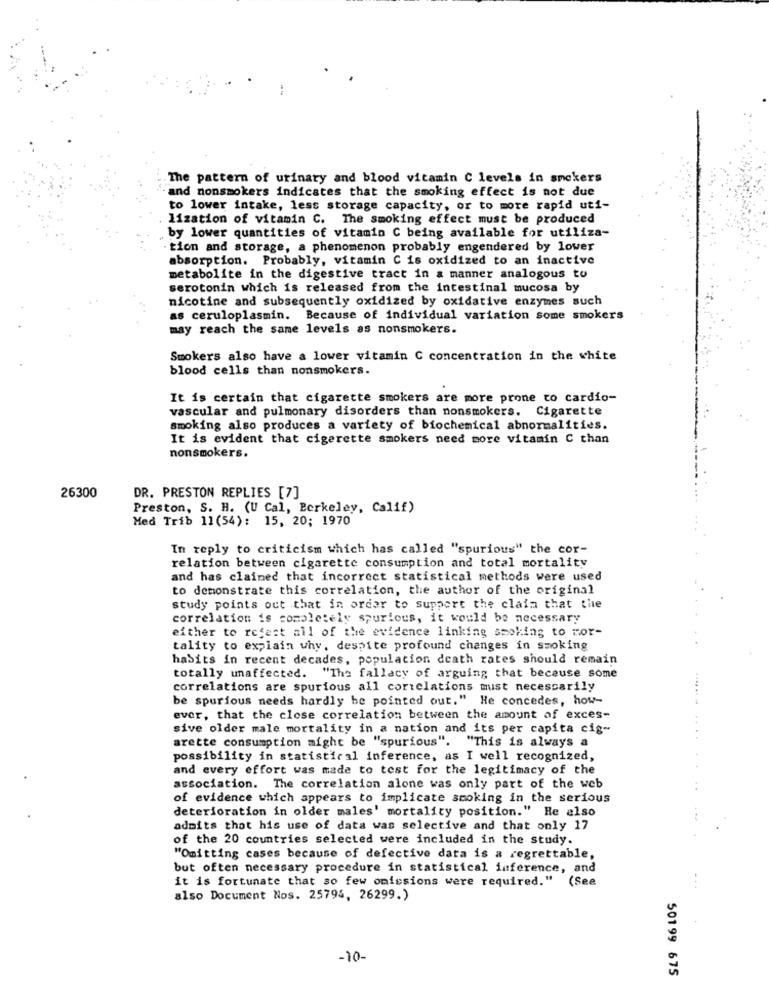
The pattern of urinary and blood vitamin C levels in smokers
"and nonsmokers indicates that the smoking effect is not due
to lower intake, less storage capacity, or to more rapid uti-
lization of vitamin C. The smoking effect must be produced
by lower quantities of vitamin C being available for utiliza-
tion and storage, a phenomenon probably engendered by lower
absorption. Probably, vitamin C is oxidized to an inactive
metabolite in the digestive tract in a manner analogous to
serotonin which is released from the intestinal mucosa by
nicotine and subsequently oxidized by oxidative enzymes such
as ceruloplasmin. Because of individual variation some smokers
may reach the same levels as nonsmokers.
Smokers also have a lower vitamin C concentration in the white
blood cells than nonsmokers.
It is certain that cigarette smokers are more prone to cardio-
vascular and pulmonary disorders than nonsmokers. Cigarette
smoking also produces a variety of biochemical abnormalities.
It is evident that cigarette smokers need more vitamin C than
nonsmokers.
26300
DR. PRESTON REPLIES [7]
Preston, S. H. (U Cal, Berkeley, Calif)
Med Trib 11(54): 15, 20; 1970
In reply to criticism which has called "spurious" the cor-
relation between cigarette consumption and total mortality
and has claimed that incorrect statistical methods were used
to demonstrate this correlation, the author of the original
study points out that in order to support the claim that the
correlation is completely spurious, it would be necessary
either to refest all of the evidence linking smoking to mor-
tality to explain why, despite profound changes in smoking
habits in recent decades, population death rates should remain
totally unaffected. "The fallacy of arguing that because some
correlations are spurious all correlations muist necessarily
be spurious needs hardly be pointed out." He concedes, how-
ever, that the close correlation between the amount of exces-
sive older male mortality in a nation and its per capita cig-
arette consumption might be "spurious". "This is always a
possibility in statistical inference, as I well recognized,
and every effort was made to test for the legitimacy of the
association. The correlation alone was only part of the web
. .
of evidence which appears to implicate smoking in the serious
deterioration in older males' mortality position." He also
admits that his use of data was selective and that only 17
of the 20 countries selected were included in the study.
"Omitting cases because of defective data is a regrettable,
but often necessary procedure in statistical inference, and
it is fortunate that so few omissions were required." (See
also Document Nos. 25794, 26299.)
-10-
50199 675